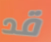
قد